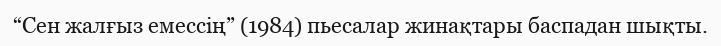
“Сен жалғыз емессің” (1984) пьесалар жинақтары баспадан шықты.